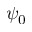
\psi _ { 0 }